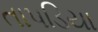
તાપડિયા